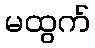
မထွက်